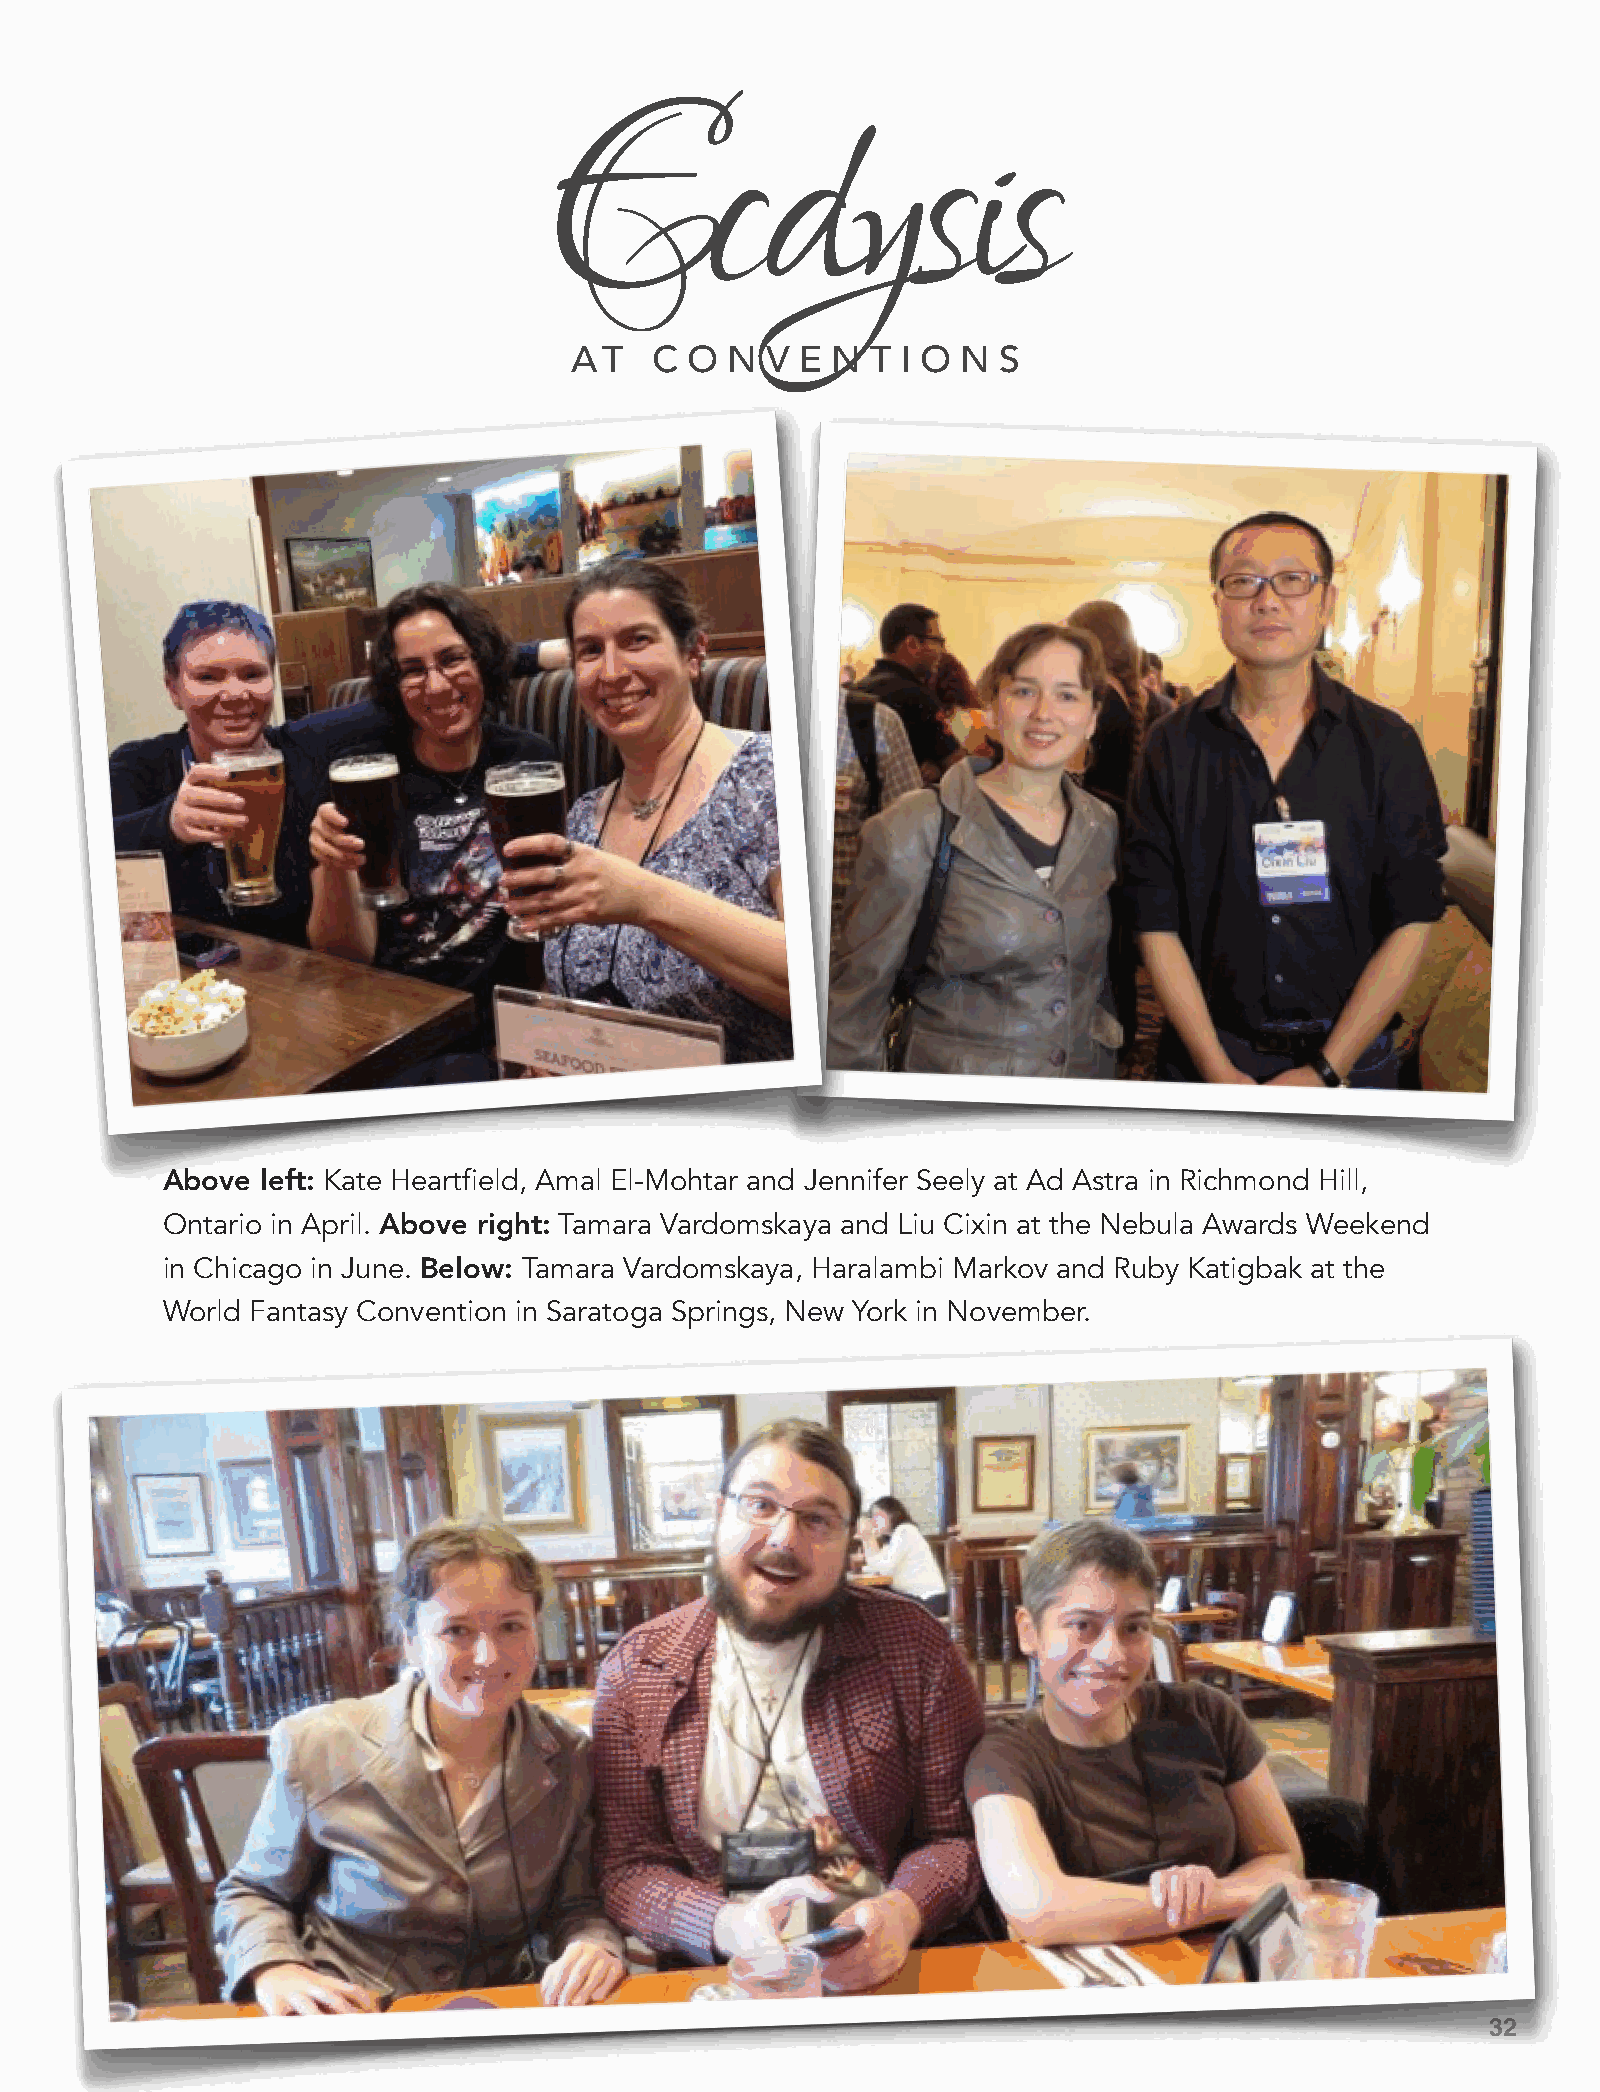
Ecdysis
 AT   C  O N  V E N  T I O N S
 Above left: Kate Heartfield, Amal El-Mohtar and Jennifer Seely at Ad Astra in Richmond Hill,
 Ontario in April. Above right: Tamara Vardomskaya and Liu Cixin at the Nebula Awards Weekend
 in Chicago in June. Below: Tamara Vardomskaya, Haralambi Markov and Ruby Katigbak at the
 World Fantasy Convention in Saratoga Springs, New York in November.
 32